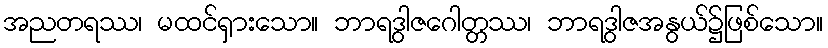
အညတရဿ၊ မထင်ရှားသော။ ဘာရဒွါဇဂေါတ္တဿ၊ ဘာရဒွါဇအနွယ်၌ဖြစ်သော။